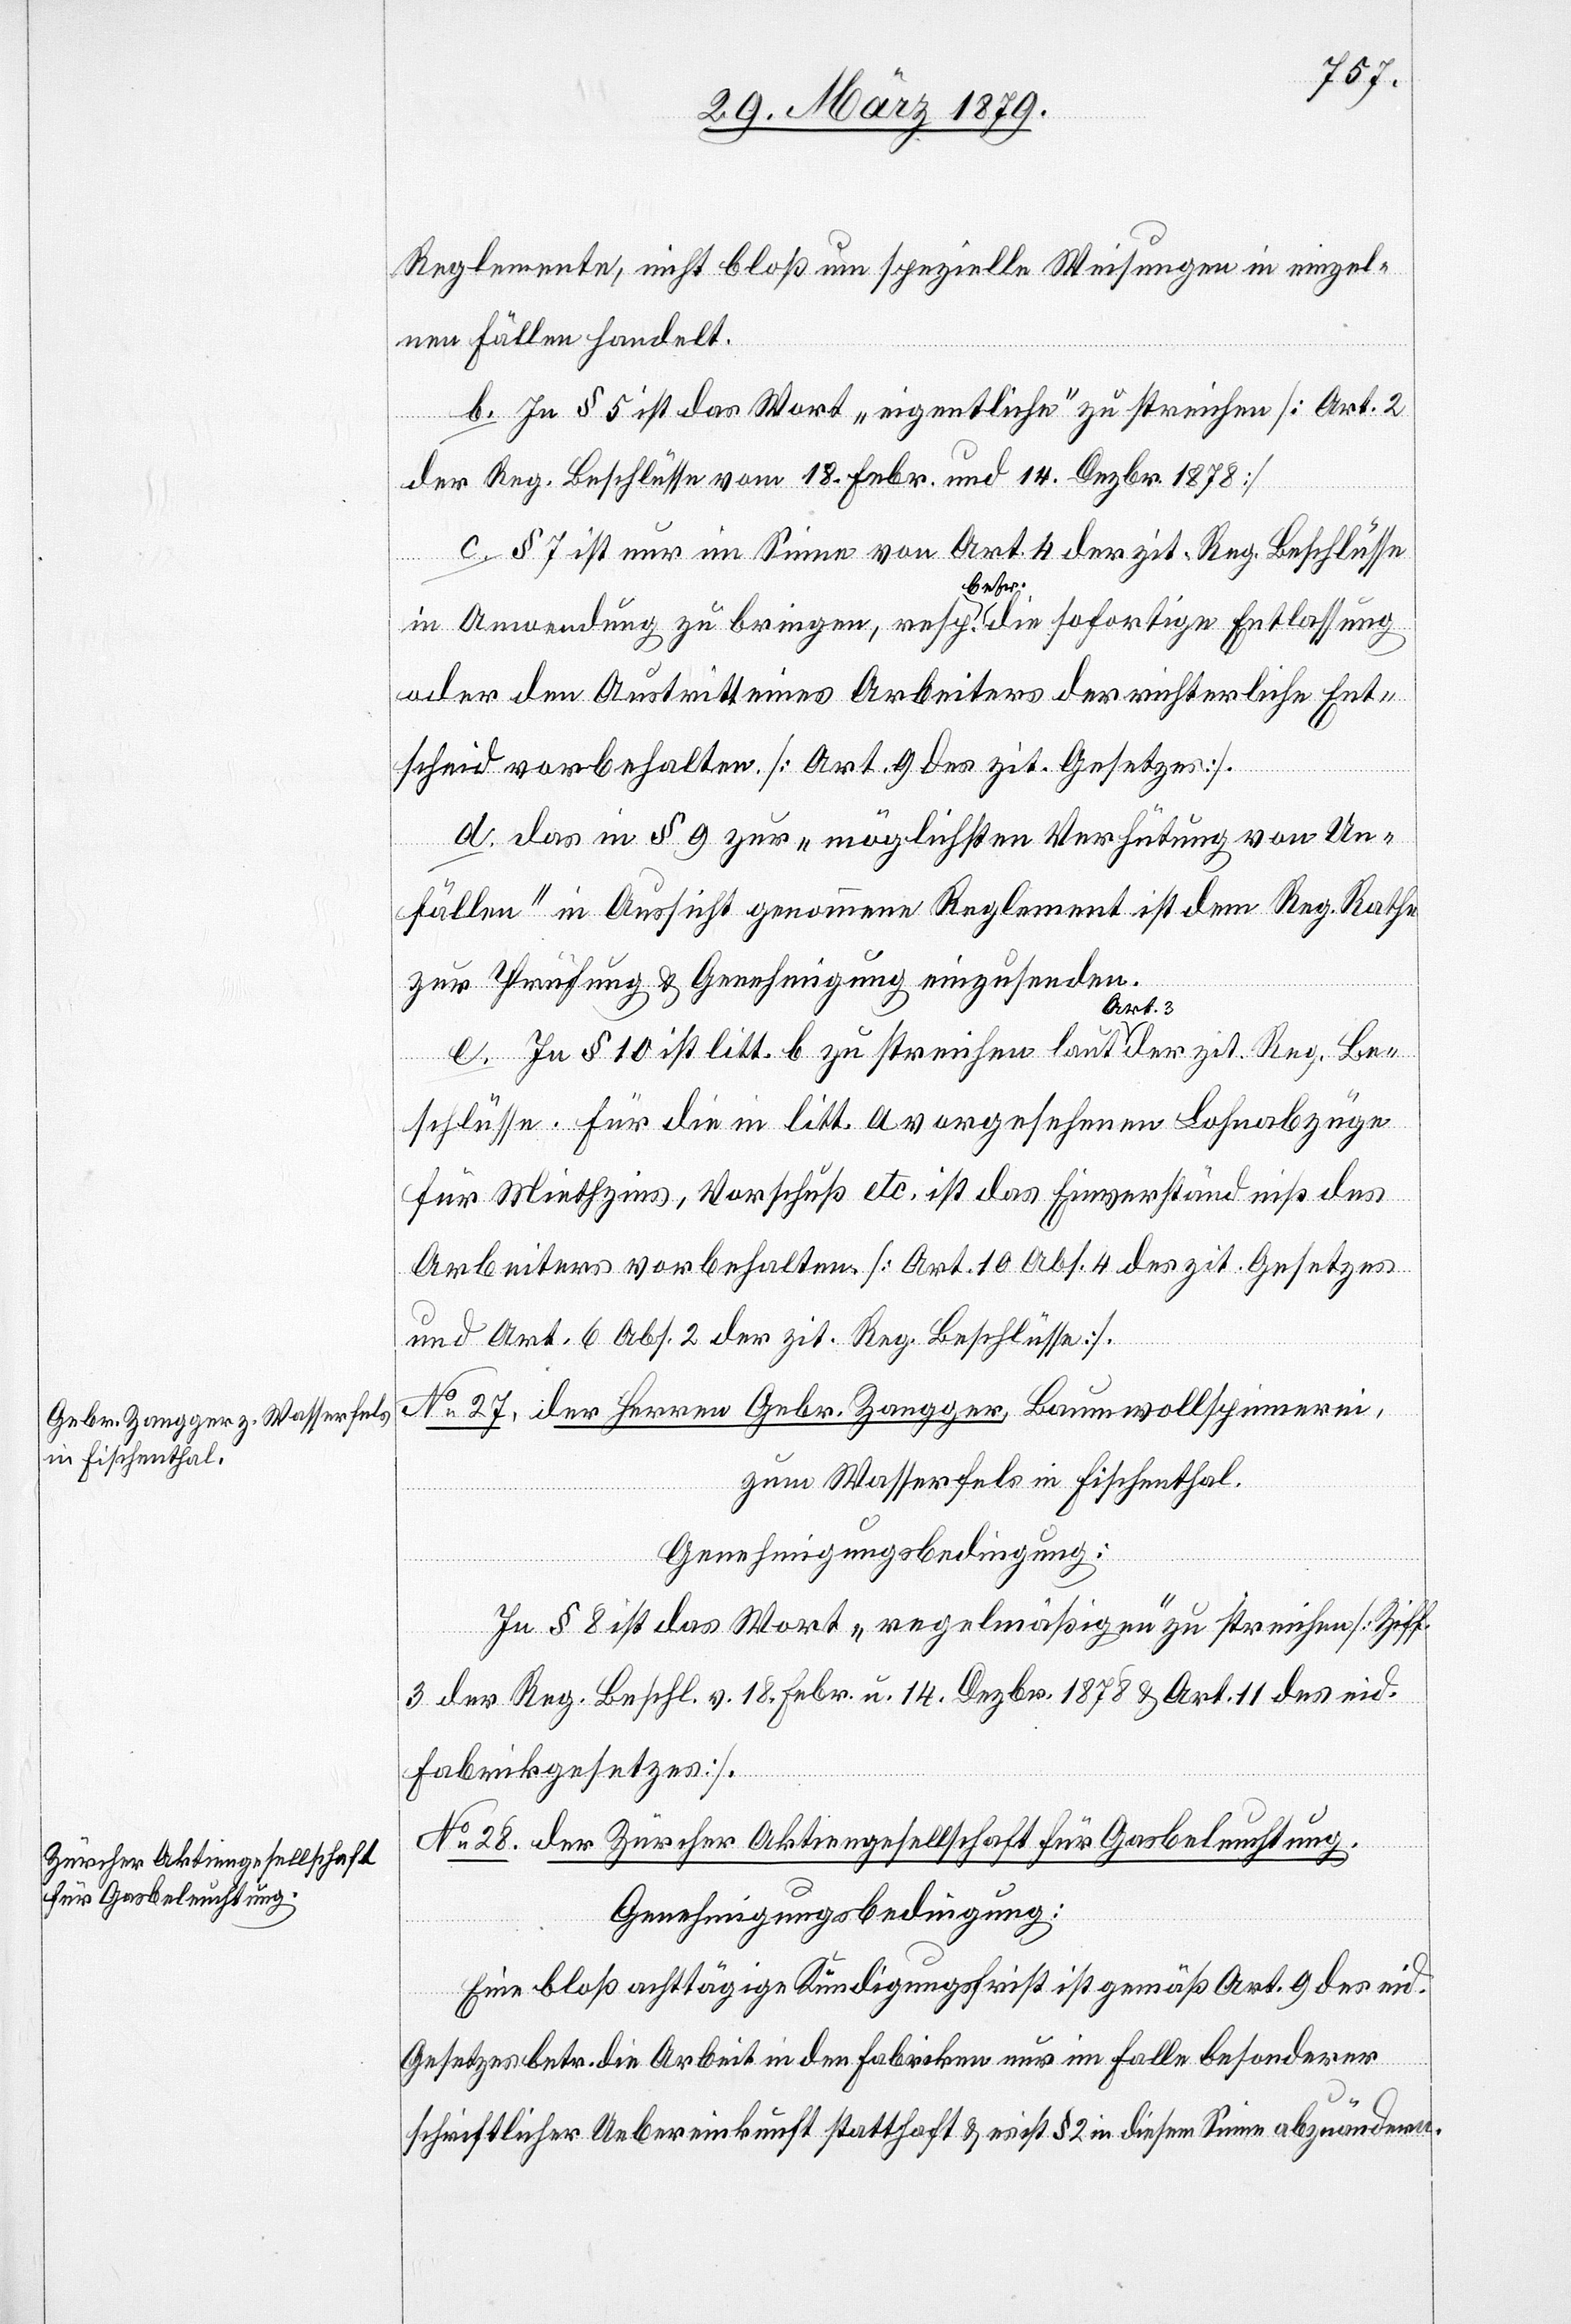
Reglemente, nicht bloß um spezielle Weisungen in einzel¬
nen Fällen handelt.
b. In § 5 ist das Wort „eigentliche“ zu streichen [Art. 2
der Reg. Beschlüsse vom 18. Febr. und 14. Dezbr. 1878].
c. § 7 ist nur im Sinne von Art. 4 der zit. Reg. Beschlüsse
in Anwendung zu bringen, resp. betr. die sofortige Entlassung
oder den Austritt eines Arbeiters der richterliche Ent¬
scheid vorbehalten [Art. 9 des zit. Gesetzes].
d. Das in § 9 zur „möglichsten Verhütung von Un¬
fällen“ in Aussicht genommene Reglement ist dem Reg. Rathe
zur Prüfung & Genehmigung einzusenden.
e. In § 10 ist litt. b zu streichen laut Art. 3 der zit. Reg. Be¬
schlüsse. Für die in litt. a vorgesehenen Lohnabzüge
für Miethzins, Vorschuß etc. ist das Einverständniß des
Arbeiters vorbehalten. [Art. 10 Abs. 4 des zit. Gesetzes
und Art. 6 Abs. 2 der zit. Reg. Beschlüsse].
No 27. der Herren Gebr. Zangger, Baumwollspinnerei,
zum Wasserfels in Fischenthal.
Genehmigungsbedingung:
In § 8 ist das Wort „regelmäßigen“ zu streichen [Ziff.
3 der Reg. Beschl. v. 18. Febr. u. 14. Dezbr. 1878 & Art. 11 des eid.
Fabrikgesetzes].
No 28. der Zürcher Aktiengesellschaft für Gasbeleuchtung.
Genehmigungsbedingung:
Eine bloß achttägige Kündigungsfrist ist gemäß Art. 9 des eid.
Gesetzes betr. die Arbeit in den Fabriken nur im Falle besonderer
schriftlicher Uebereinkunft statthaft & es ist § 2 in diesem Sinne abzuändern.